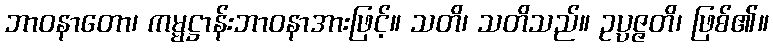
ဘာဝနာတော၊ ကမ္မဋ္ဌာန်းဘာဝနာအားဖြင့်။ သတိ၊ သတိသည်။ ဥပ္ပဇ္ဇတိ၊ ဖြစ်၏။